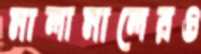
মালামালেরও